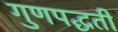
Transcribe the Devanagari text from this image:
गुणपद्धती